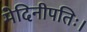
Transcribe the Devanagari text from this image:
मेदिनीपतिः।